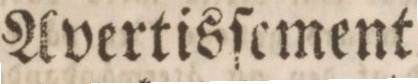
Avertisſcment.